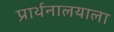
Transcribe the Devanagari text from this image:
प्रार्थनालयाला